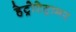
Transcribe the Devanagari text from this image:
हेट्रोटेट्रामर